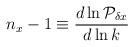
LaTeX: \begin{align*}n_x -1 \equiv {d\ln{\cal P}_{\delta x} \over d\ln k}\end{align*}